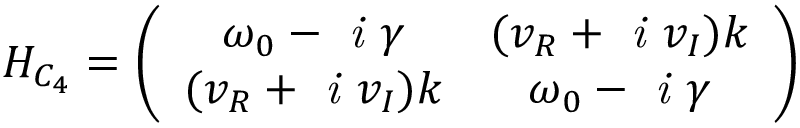
H _ { C _ { 4 } } = \left( \begin{array} { c c } { \omega _ { 0 } - \textit { i } \gamma } & { ( v _ { R } + \textit { i } v _ { I } ) k } \\ { ( v _ { R } + \textit { i } v _ { I } ) k } & { \omega _ { 0 } - \textit { i } \gamma } \end{array} \right)